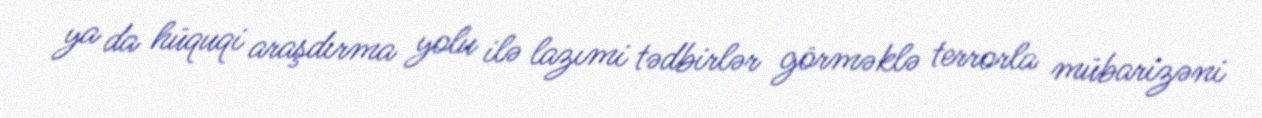
ya da hüquqi araşdırma yolu ilə lazımi tədbirlər görməklə terrorla mübarizəni